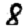
Digit: 8